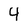
Character: 4